Leaving Certificate Examination, 1919
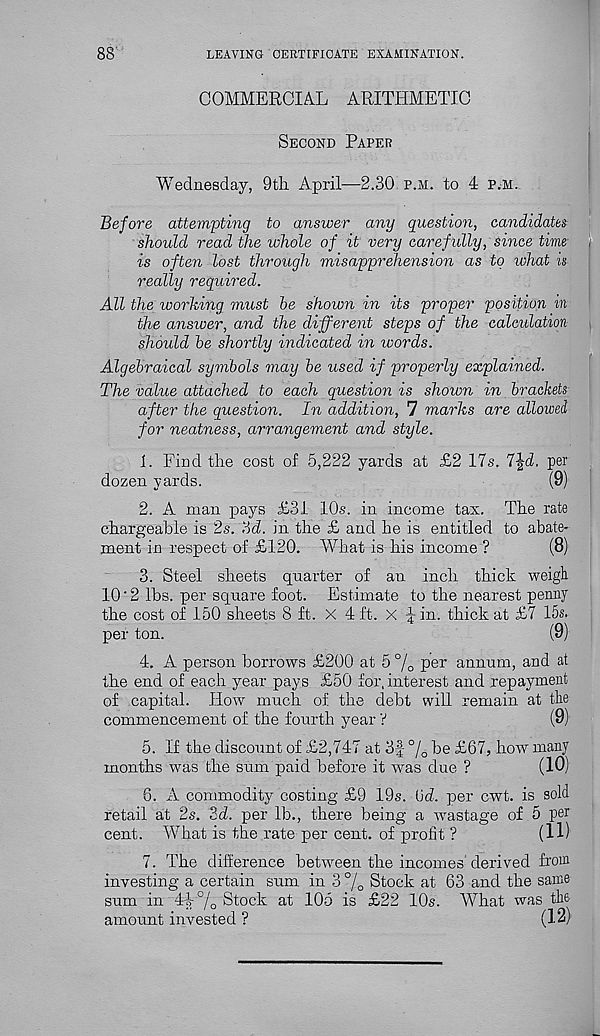
LEAVING CERTIFICATE EXAMINATION.
COMMERCIAL ARITHMETIC
Second Paper
Wednesday, 9th. April—2.30 p.m. to 4 p.m.
Before attempting to answer any question, candidates
should read the whole of it very carefully, since time
is often lost through misapprehension as to what Is
really required.
All the working must he shown in its proper position in
the answer, and the different steps of the calculation
should he shortly indicated in words.
Algebraical symbols may he used if properly explained.
The value attached to each question is shown in brackets
after the question. In addition, 7 marks are allowed
for neatness, arrangement and style.
1. Find the cost of 5,222 yards at £2 17s. 7Jd. per
dozen yards.
(9)
2. A man pays £31 10s. in income tax. The rate
chargeable is 2s. 3<7. in the £ and he is entitled to abate-
ment in respect of £120. What is his income ?
(8)
3. Steel sheets quarter of an inch thick weigh
10 ‘ 2 lbs. per square foot. Estimate to the nearest penny
the cost of 150 sheets 8 ft. X 4 ft. X ^ in. thick at £7 15s.
per ton.
(9)
4. A person borrows £200 at 5 % P er annum, and at
the end of each year pays £50 for, interest and repayment
of capital. How much of the debt will remain at the
commencement of the fourth year V
(9)
5. If the discount of £2,747 at 3f % be £67, how many
months was the sum paid before it was due ?
(10)
6. A commodity costing £9 19s. (id. per cwt. is sold
retail at 2s. 3<7. per lb., there being a wastage of 5 per
cent. What is the rate per cent, of profit ?
(11)
7. The difference between the incomes derived from
investing a certain sum in 3 % Stock at 63 and the same
sum in 44% Stock at 105 is £22 10s. What was the
amount invested ?
(12)